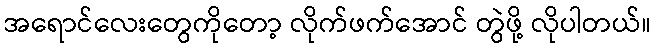
အရောင်လေးတွေကိုတော့ လိုက်ဖက်အောင် တွဲဖို့ လိုပါတယ်။